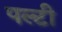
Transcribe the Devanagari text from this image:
पल्टी